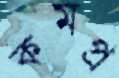
কমপ্র